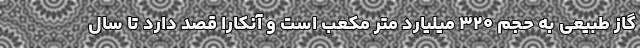
گاز طبیعی به حجم ۳۲۰ میلیارد متر مکعب است و آنکارا قصد دارد تا سال